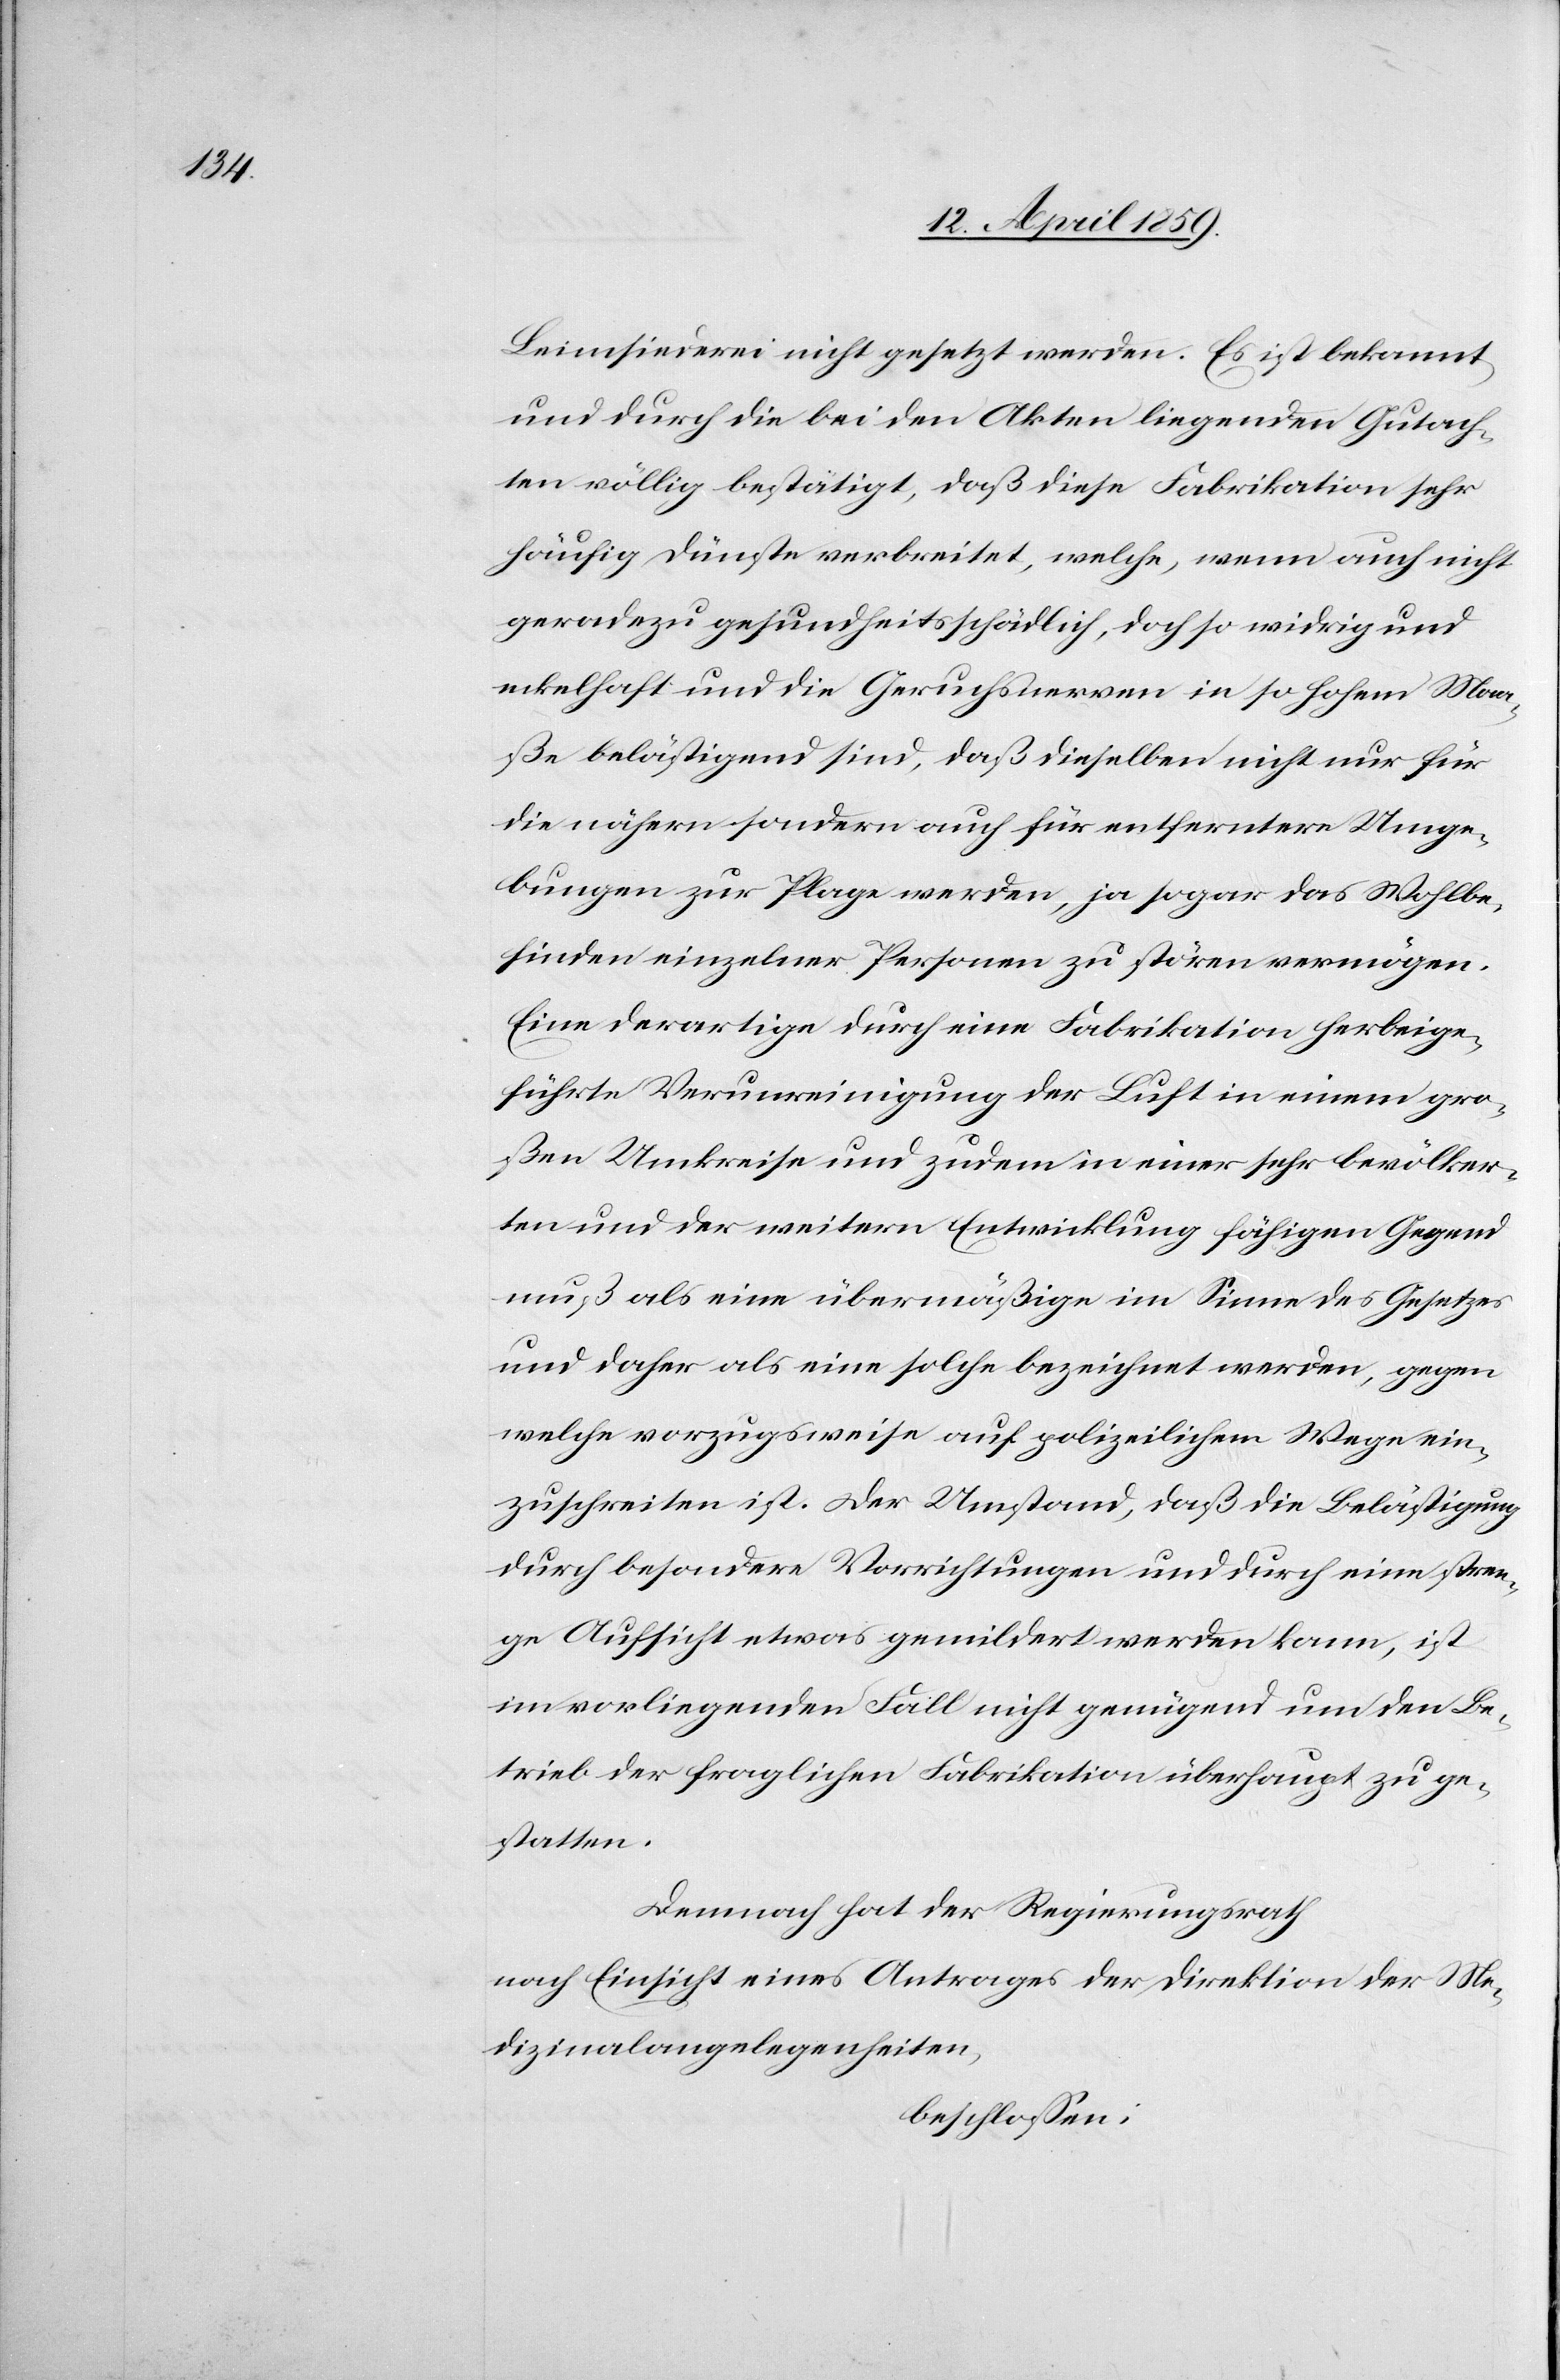
Leimsiederei nicht gesetzt werden. Es ist bekannt
und durch die bei den Akten liegenden Gutach¬
ten völlig bestätigt, daß diese Fabrikation sehr
häufig Dünste verbreitet, welche, wenn auch nicht
geradezu gesundheitsschädlich, doch so widrig und
eckelhaft und die Geruchsnerven in so hohem Maa¬
ße belästigend sind, daß dieselben nicht nur für
die nähern sondern auch für entferntere Umge¬
bungen zur Plage werden, ja sogar das Wohlbe¬
finden einzelner Personen zu stören vermögen.
Eine derartige durch eine Fabrikation herbeige¬
führte Verunreinigung der Luft in einem gro¬
ßen Umkreise und zudem in einer sehr bevölker¬
ten und der weitern Entwicklung fähigen Gegend
muß als eine übermäßige im Sinne des Gesetzes
und daher als eine solche bezeichnet werden, gegen
welche vorzugsweise auf polizeilichem Wege ein¬
zuschreiten ist. Der Umstand, daß die Belästigung
durch besondere Vorrichtungen und durch eine stren¬
ge Aufsicht etwas gemildert werden kann, ist
im vorliegenden Fall nicht genügend um den Be¬
trieb der fraglichen Fabrikation überhaupt zu ge¬
statten.
Demnach hat der Regierungsrath
nach Einsicht eines Antrages der Direktion der Me¬
dizinalangelegenheiten,
beschloßen: